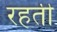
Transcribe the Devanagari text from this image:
रहती